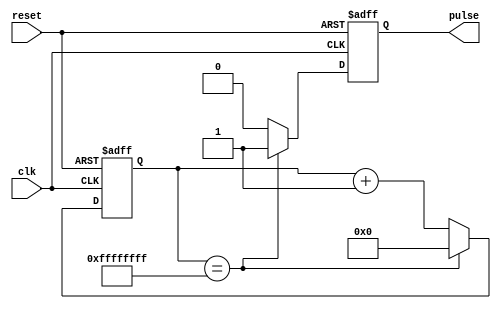
module PulseGenerator(
    input clk,
    input reset,
    output reg pulse
);

reg [31:0] counter;

always @ (posedge clk or posedge reset) begin
    if (reset) begin
        counter <= 0;
        pulse <= 0;
    end else begin
        counter <= counter + 1;
        if (counter == {32{1'b1}}) begin
            pulse <= 1;
            counter <= 0;
        end else begin
            pulse <= 0;
        end
    end
end

endmodule